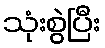
သုံးစွဲပြီး